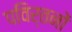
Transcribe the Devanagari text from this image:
पविर्तनों